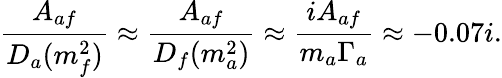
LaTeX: \frac{A_{af}}{D_{a}(m_{f}^{2})}\approx\frac{A_{af}}{D_{f}(m_{a}^{2})}\approx\frac{iA_{af}}{m_{a}\Gamma_{a}}\approx-0.07i.